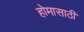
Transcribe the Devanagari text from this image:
होमासाठी